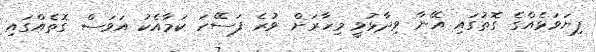
ފިޔަވަޅެއްގެ ގޮތުގައި އޭނާ ވިދާޅުވީ މިހާރަށް ވުރެ ފަސޭހަ ކަމާއެކު އަވަސް ގޮތެއްގައި